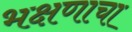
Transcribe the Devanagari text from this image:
भक्षणाचा